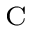
_ \mathrm { C }